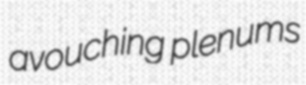
avouching plenums